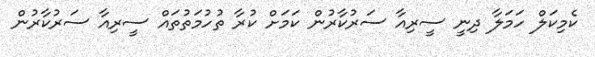
ކެމިކަލް ހަމަލާ ދިނީ ސީރިއާ ސަރުކާރުން ކަމަށް ކުރާ ތުހުމަތުތައް ސީރިއާ ސަރުކާރުން